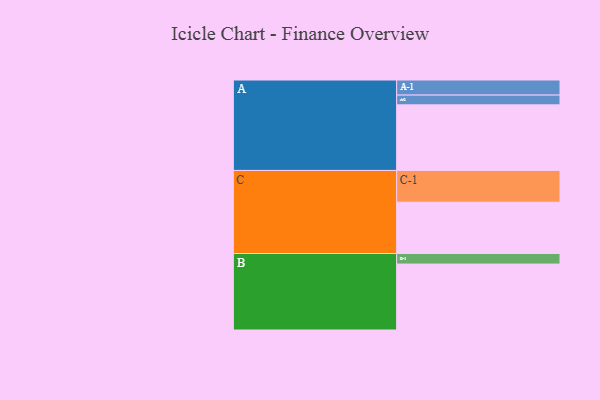
{"axis": {"x": "Segment", "y": "Value"}, "legend": ["", "A", "B", "C"], "data": [{"x": "A", "y": 578, "type": ""}, {"x": "B", "y": 581, "type": ""}, {"x": "C", "y": 452, "type": ""}, {"x": "A-1", "y": 133, "type": "A"}, {"x": "A-2", "y": 86, "type": "A"}, {"x": "B-1", "y": 93, "type": "B"}, {"x": "C-1", "y": 280, "type": "C"}]}